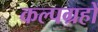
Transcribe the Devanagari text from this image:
कल्पग्रहों